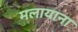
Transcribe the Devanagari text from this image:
मलायाना